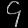
Digit: ၄